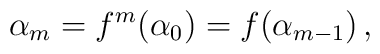
\alpha_m = f^m(\alpha_0) = f(\alpha_{m-1}) \, ,